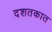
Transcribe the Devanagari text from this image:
दशतकात